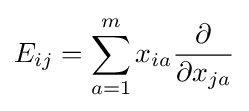
E_{ij}=\sum _{a=1}^{m}x_{ia}{\frac {\partial }{\partial x_{ja}}}